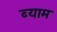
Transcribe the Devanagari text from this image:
ब्याम